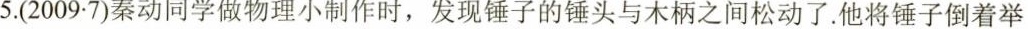
5.(2009·7)秦动同学做物理小制作时，发现锤子的锤头与木柄之间松动了.他将锤子倒着举